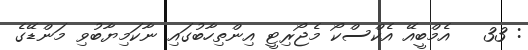
: 33   އެމްބީއޭ އެކްސްކޯ މެޖޯރިޓީ އިންތިހާބުގައި ނާކަމިޔާބުވި މަންޑޭގެ